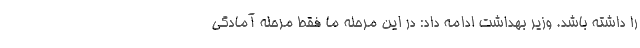
را داشته باشد. وزیر بهداشت ادامه داد: در این مرحله ما فقط مرحله آمادگی